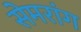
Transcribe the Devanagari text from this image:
सेमरांग